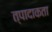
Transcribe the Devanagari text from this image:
त्पादाकता